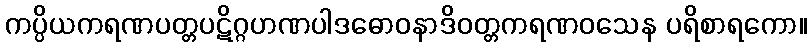
ကပ္ပိယကရဏပတ္တပဋိဂ္ဂဟဏပါဒဓောဝနာဒိဝတ္တကရဏဝသေန ပရိစာရကော။